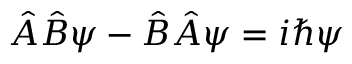
{ \hat { A } } { \hat { B } } \psi - { \hat { B } } { \hat { A } } \psi = i \hbar \psi